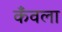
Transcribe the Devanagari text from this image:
कँवला